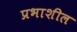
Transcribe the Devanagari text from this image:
प्रभाशील